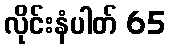
လိုင်းနံပါတ် 65